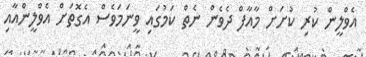
އެވްލީން ކުރި ކުށަށް މާއާފް ދެވެން ނެތް ކަމުގައި ވީނަމަވެސް އެގޮތަށް އެވްލީންއާއި